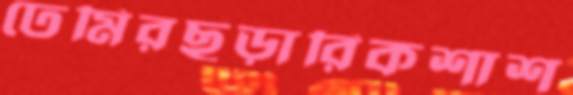
ঢেমিরছড়ারিকশাশ